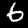
Digit: 6